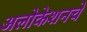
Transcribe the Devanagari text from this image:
अलोकेशनचे